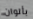
بألوان